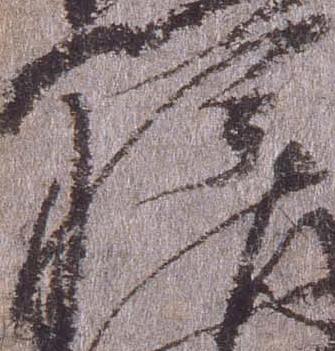
権